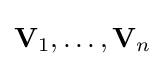
\mathbf {V} _{1},\ldots ,\mathbf {V} _{n}